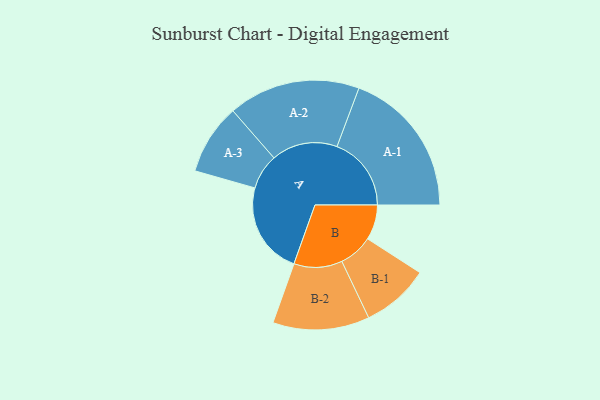
{"axis": {"x": "Segment", "y": "Value"}, "legend": ["", "A", "B"], "data": [{"x": "A", "y": 334, "type": ""}, {"x": "B", "y": 127, "type": ""}, {"x": "A-1", "y": 269, "type": "A"}, {"x": "A-2", "y": 239, "type": "A"}, {"x": "A-3", "y": 128, "type": "A"}, {"x": "B-1", "y": 123, "type": "B"}, {"x": "B-2", "y": 175, "type": "B"}]}